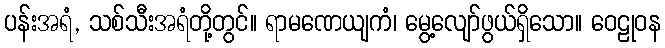
ပန်းအရံ, သစ်သီးအရံတို့တွင်။ ရာမဏေယျကံ၊ မွေ့လျော်ဖွယ်ရှိသော။ ဝေဠုဝန